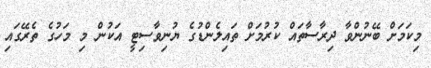
މިކަމަށް ބޭނުންވާ ދިރާސާތައް ކުރުމަށް ތައިލެންޑުގެ ޔުނިވާސިޓީ އަކުން މި މަހުގެ ތެރޭގައި